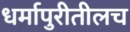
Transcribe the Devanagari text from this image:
धर्मापुरीतीलच